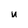
Character: u